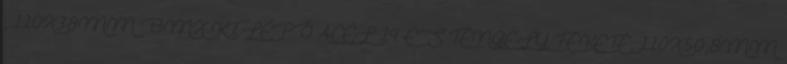
, 110X38MM BMX KILÉPŐ ACÉL 14-ES TENGELY FEKETE, 110X50,8MM